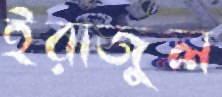
ইরাজুল